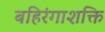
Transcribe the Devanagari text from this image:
बहिरंगाशक्ति